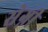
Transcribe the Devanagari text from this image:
सेग्नी